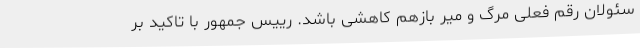
سئولان رقم فعلی مرگ و میر بازهم کاهشی باشد. رییس جمهور با تاکید بر